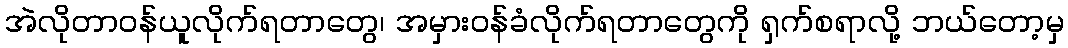
အဲလိုတာဝန်ယူလိုက်ရတာတွေ၊ အမှားဝန်ခံလိုက်ရတာတွေကို ရှက်စရာလို့ ဘယ်တော့မှ